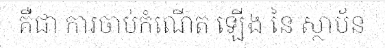
គឺជា ការចាប់កំណើត ឡើង នៃ ស្ថាប័ន